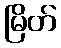
မြိတ်